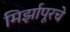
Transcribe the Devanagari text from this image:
मिर्झापूरचे